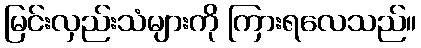
မြင်းလှည်းသံများကို ကြားရလေသည်။